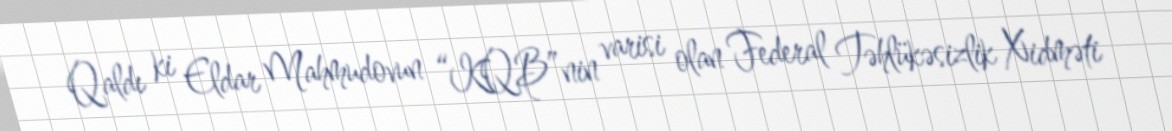
Qaldı ki Eldar Mahmudovun “KQB”nin varisi olan Federal Təhlükəsizlik Xidməti